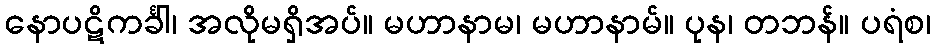
နောပဋိကင်္ခါ၊ အလိုမရှိအပ်။ မဟာနာမ၊ မဟာနာမ်။ ပုန၊ တဘန်။ ပရံစ၊